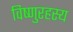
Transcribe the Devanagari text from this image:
विष्णुरहस्य